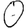
Digit: 0